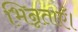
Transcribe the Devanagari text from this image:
भिन्नताएँ।